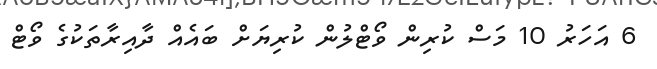
6 އަހަރު 10 މަސް ކުރިން ވޯޓްލުން ކުރިޔަށް ބައެއް ދާއިރާތަކުގެ ވޯޓް